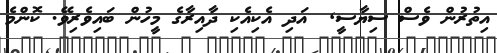
އިތުރުން ވެސް ސިޔާސީ